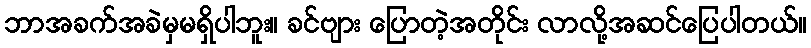
ဘာအခက်အခဲမှမရှိပါဘူး။ ခင်ဗျား ပြောတဲ့အတိုင်း လာလို့အဆင်ပြေပါတယ်။